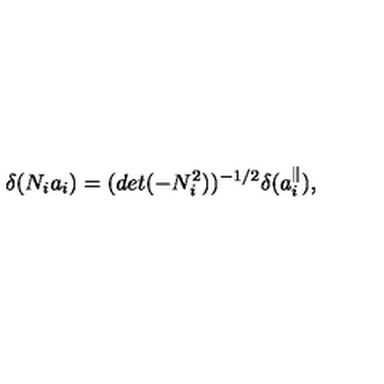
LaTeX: \delta ( N _ { i } a _ { i } ) = ( d e t ( - N _ { i } ^ { 2 } ) ) ^ { - 1 / 2 } \delta ( a _ { i } ^ { \parallel } ) ,